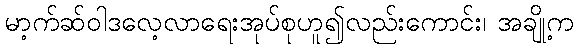
မာ့က်ဆ်ဝါဒလေ့လာရေးအုပ်စုဟူ၍လည်းကောင်း၊ အချို့က